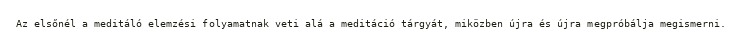
Az elsőnél a meditáló elemzési folyamatnak veti alá a meditáció tárgyát, miközben újra és újra megpróbálja megismerni.